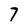
Character: 7